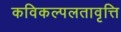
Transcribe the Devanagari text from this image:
कविकल्पलतावृत्ति